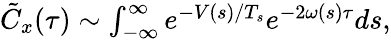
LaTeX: \begin{array}{r}{\tilde{C}_{x}(\tau)\sim\int_{-\infty}^{\infty}e^{-V(s)/T_{s}}e^{-2\omega(s)\tau}ds,}\end{array}